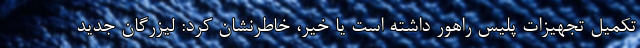
تکمیل تجهیزات پلیس راهور داشته است یا خیر، خاطرنشان کرد: لیزرگان جدید